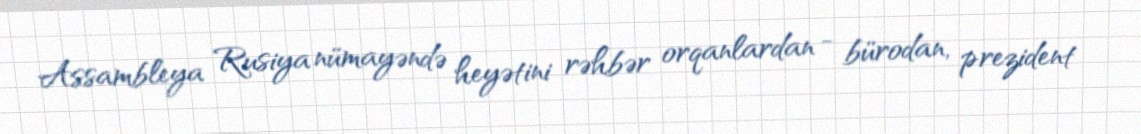
Assambleya Rusiya nümayəndə heyətini rəhbər orqanlardan - bürodan, prezident